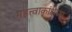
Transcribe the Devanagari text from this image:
महत्त्वाकांक्षेच्या